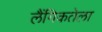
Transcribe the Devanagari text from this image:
लैंगिकतेला